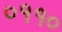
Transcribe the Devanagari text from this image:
०११०